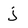
Character: j